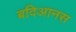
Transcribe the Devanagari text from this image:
बदिआनस